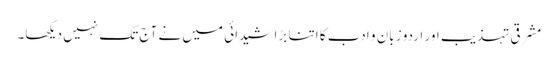
مشرقی تہذیب اور اردو زبان و ادب کا اتنا بڑا شیدائی میں نے آج تک نہیں دیکھا۔